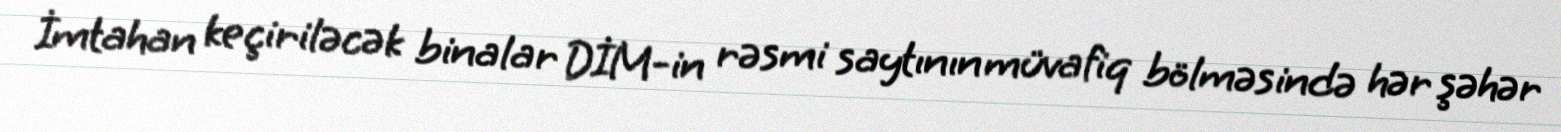
İmtahan keçiriləcək binalar DİM-in rəsmi saytının müvafiq bölməsində hər şəhər